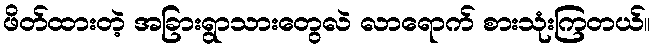
ဖိတ်ထားတဲ့ အခြားရွာသားတွေလဲ လာရောက် စားသုံးကြတယ်။